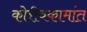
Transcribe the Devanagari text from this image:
कोरीवकामांत